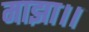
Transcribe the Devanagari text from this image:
माझा।।